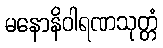
မနောနိဝါရဏသုတ္တံ